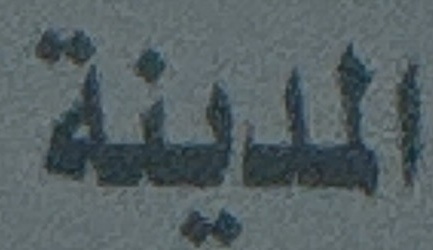
المدینة